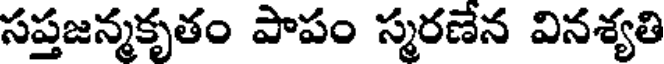
సప్తజన్మకృతం పాపం స్మరణేన వినశ్యతి